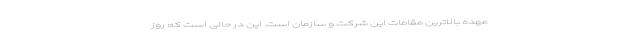
عهده بالاترین مقامات این شرکت و سازمان است. این در حالی است که روز